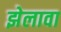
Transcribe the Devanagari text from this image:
झेलावा